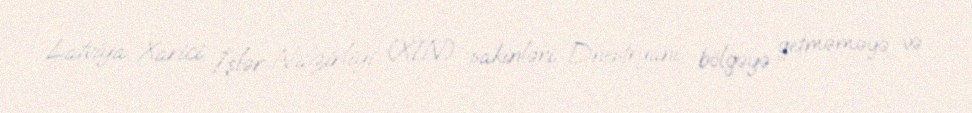
Latviya Xarici İşlər Nazirliyi (XİN) sakinləri Dnestryanı bölgəyə getməməyə və